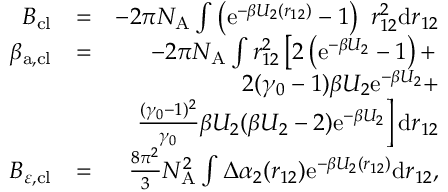
\begin{array} { r l r } { B _ { \mathrm { c l } } } & { = } & { - 2 \pi N _ { \mathrm { A } } \int \left( \mathrm { e } ^ { - \beta U _ { 2 } ( r _ { 1 2 } ) } - 1 \right) ~ r _ { 1 2 } ^ { 2 } \mathrm { d } r _ { 1 2 } } \\ { \beta _ { \mathrm { a , c l } } } & { = } & { - 2 \pi N _ { \mathrm { A } } \int r _ { 1 2 } ^ { 2 } \left[ 2 \left( \mathrm { e } ^ { - \beta U _ { 2 } } - 1 \right) + \right. } \\ & { } & { 2 ( \gamma _ { 0 } - 1 ) \beta U _ { 2 } \mathrm { e } ^ { - \beta U _ { 2 } } + } \\ & { } & { \left. \frac { ( \gamma _ { 0 } - 1 ) ^ { 2 } } { \gamma _ { 0 } } \beta U _ { 2 } ( \beta U _ { 2 } - 2 ) \mathrm { e } ^ { - \beta U _ { 2 } } \right] \mathrm { d } r _ { 1 2 } } \\ { B _ { \varepsilon , \mathrm { c l } } } & { = } & { \frac { 8 \pi ^ { 2 } } { 3 } N _ { \mathrm { A } } ^ { 2 } \int \Delta \alpha _ { 2 } ( r _ { 1 2 } ) \mathrm { e } ^ { - \beta U _ { 2 } ( r _ { 1 2 } ) } \mathrm { d } r _ { 1 2 } , } \end{array}